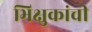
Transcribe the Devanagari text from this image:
भिक्षुकांची